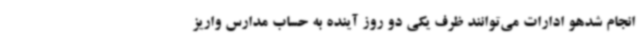
انجام شدهو ادارات می‌توانند ظرف یکی دو روز آینده به حساب مدارس واریز